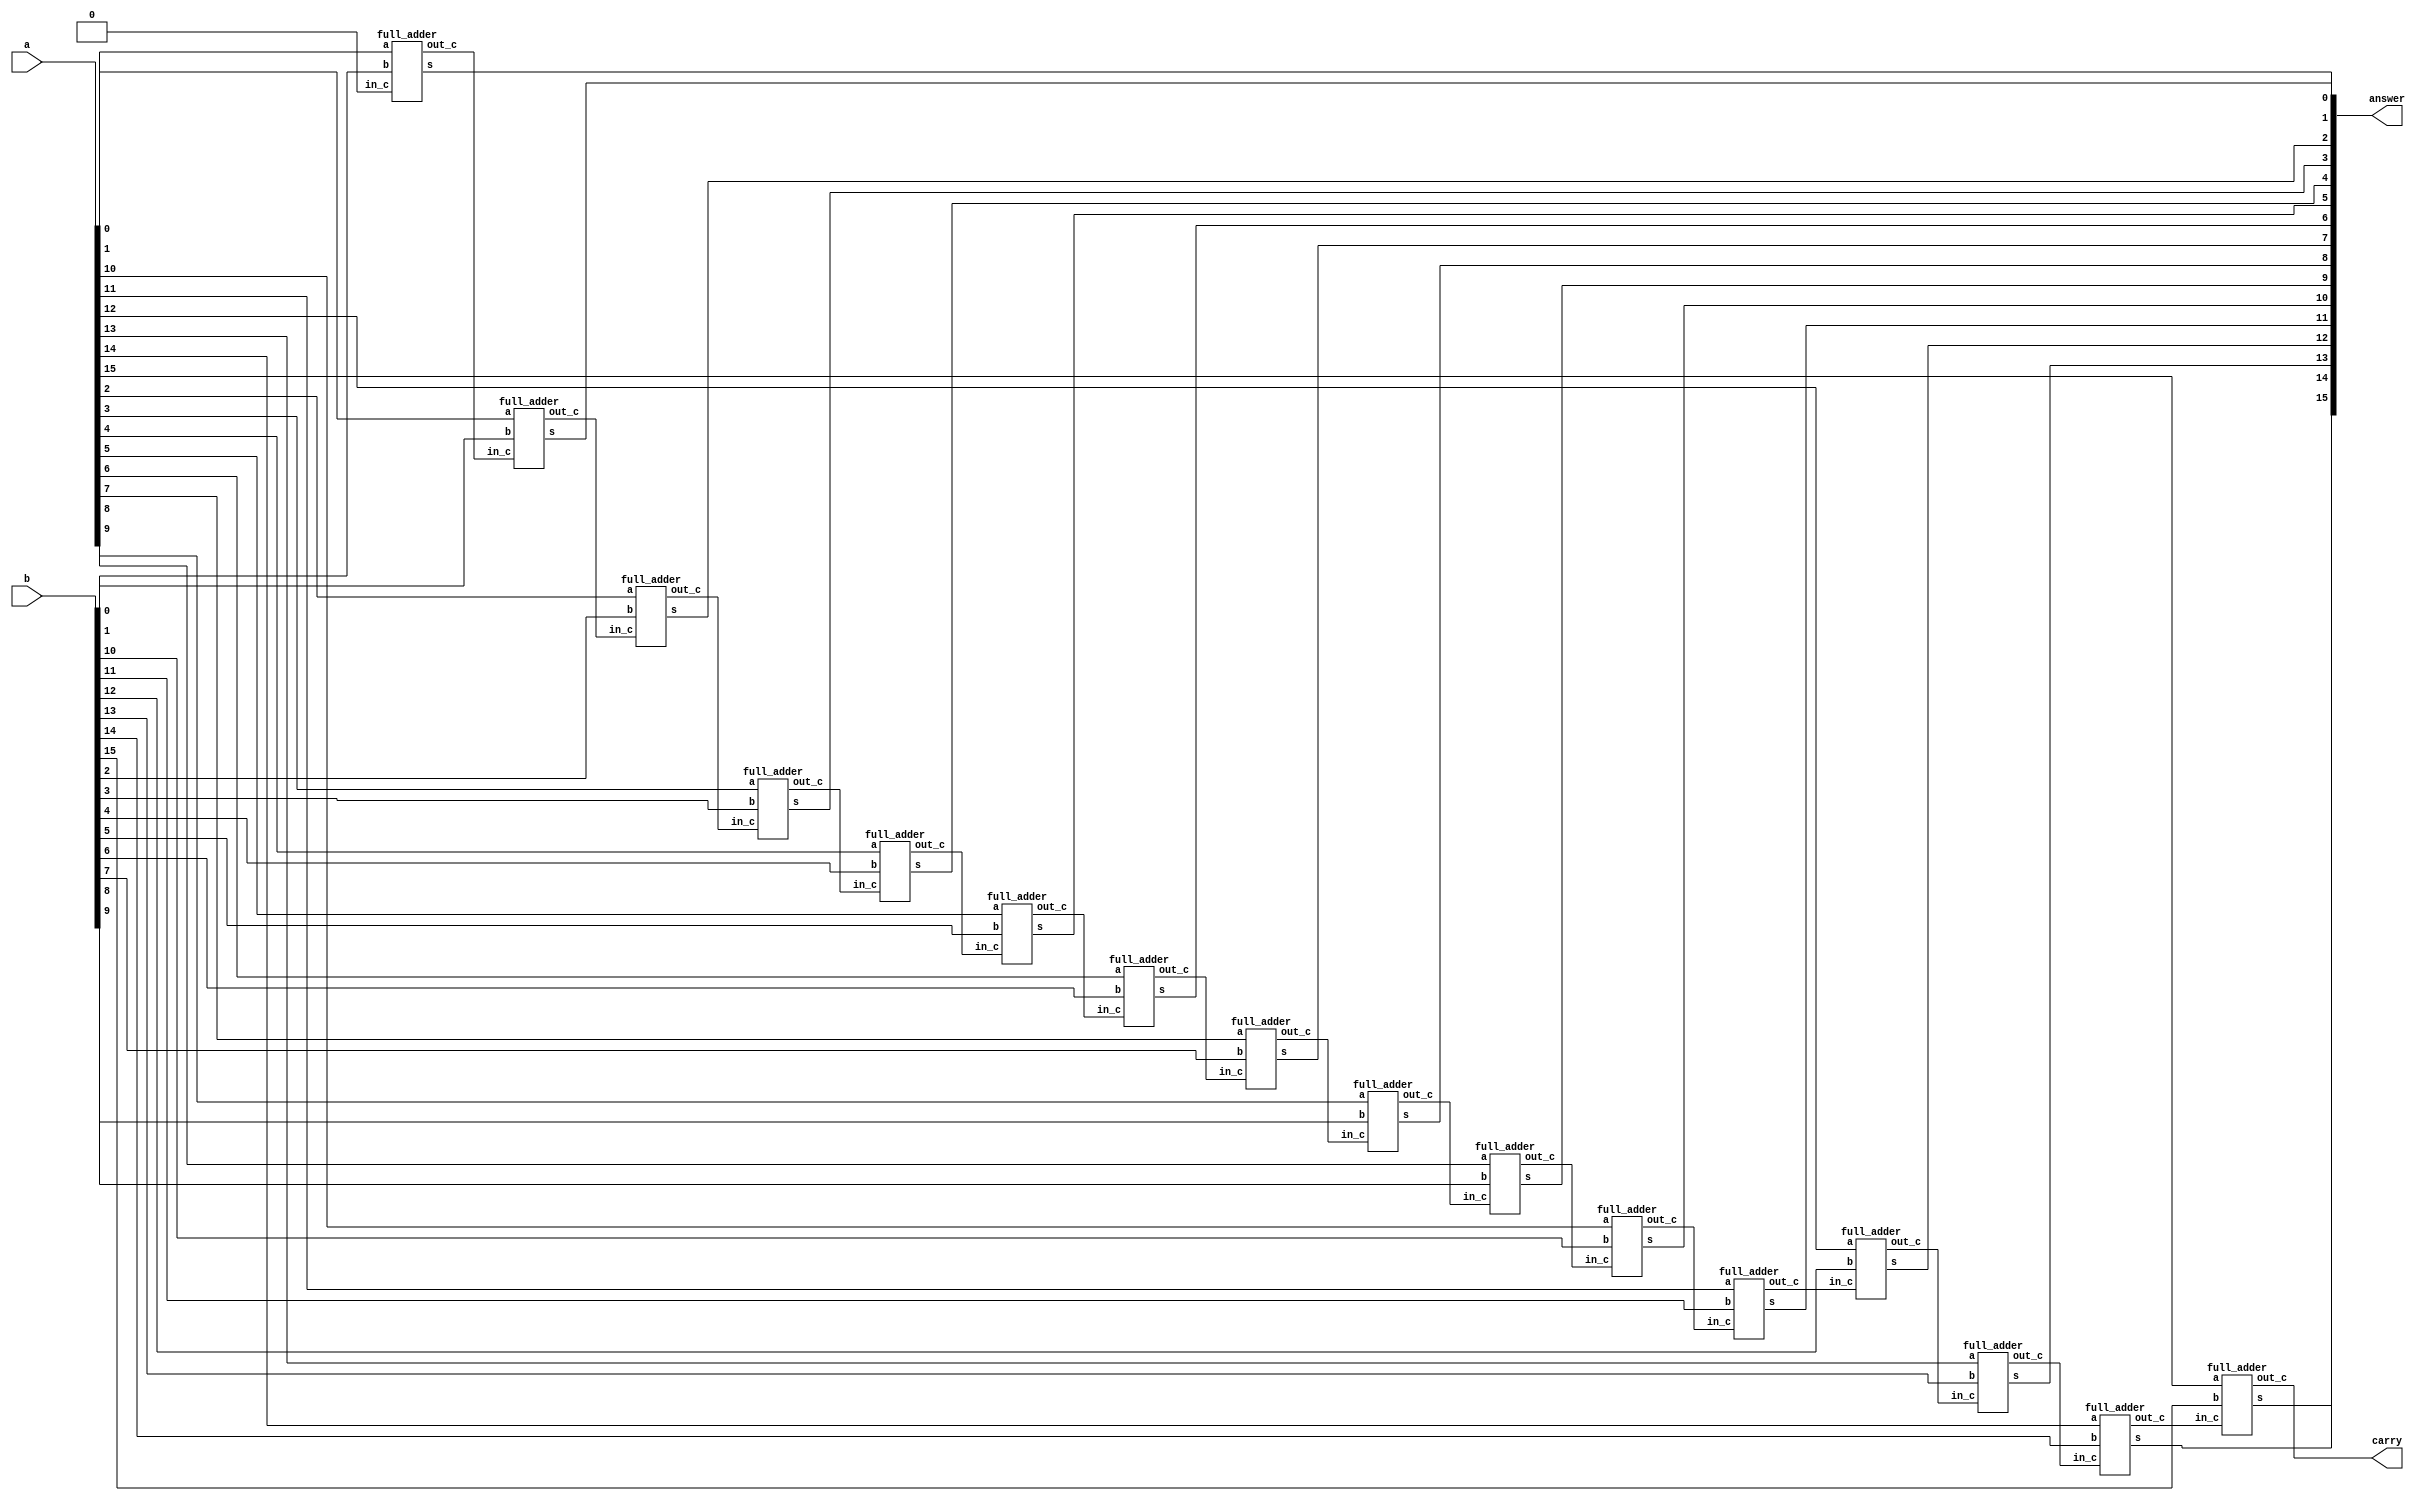
/* ACM Class System (I) Fall Assignment 1 
 *
 *
 * Implement your naive adder here
 * 
 * GUIDE:
 *   1. Create a RTL project in Vivado
 *   2. Put this file into `Sources'
 *   3. Put `test_adder.v' into `Simulation Sources'
 *   4. Run Behavioral Simulation
 *   5. Make sure to run at least 100 steps during the simulation (usually 100ns)
 *   6. You can see the results in `Tcl console'
 *
 */

module adder(
    input [15:0] a,
    input [15:0] b,
    output [15:0] answer,
    output carry
);
wire c[15:0];
wire zero = 0;
full_adder  ADD0 (.a(a[0]), .b(b[0]), .in_c(zero), .s(answer[0]), .out_c(c[0])),
            ADD1 (.a(a[1]), .b(b[1]), .in_c(c[0]), .s(answer[1]), .out_c(c[1])),
            ADD2 (.a(a[2]), .b(b[2]), .in_c(c[1]), .s(answer[2]), .out_c(c[2])),
            ADD3 (.a(a[3]), .b(b[3]), .in_c(c[2]), .s(answer[3]), .out_c(c[3])),
            ADD4 (.a(a[4]), .b(b[4]), .in_c(c[3]), .s(answer[4]), .out_c(c[4])),
            ADD5 (.a(a[5]), .b(b[5]), .in_c(c[4]), .s(answer[5]), .out_c(c[5])),
            ADD6 (.a(a[6]), .b(b[6]), .in_c(c[5]), .s(answer[6]), .out_c(c[6])),
            ADD7 (.a(a[7]), .b(b[7]), .in_c(c[6]), .s(answer[7]), .out_c(c[7])),
            ADD8 (.a(a[8]), .b(b[8]), .in_c(c[7]), .s(answer[8]), .out_c(c[8])),
            ADD9 (.a(a[9]), .b(b[9]), .in_c(c[8]), .s(answer[9]), .out_c(c[9])),
            ADD10 (.a(a[10]), .b(b[10]), .in_c(c[9]), .s(answer[10]), .out_c(c[10])),
            ADD11 (.a(a[11]), .b(b[11]), .in_c(c[10]), .s(answer[11]), .out_c(c[11])),
            ADD12 (.a(a[12]), .b(b[12]), .in_c(c[11]), .s(answer[12]), .out_c(c[12])),
            ADD13 (.a(a[13]), .b(b[13]), .in_c(c[12]), .s(answer[13]), .out_c(c[13])),
            ADD14 (.a(a[14]), .b(b[14]), .in_c(c[13]), .s(answer[14]), .out_c(c[14])),
            ADD15 (.a(a[15]), .b(b[15]), .in_c(c[14]), .s(answer[15]), .out_c(c[15]));
assign carry = c[15];
endmodule

module full_adder(
    input a,
    input b,
    input in_c,
    output s,
    output out_c
);
wire t = a ^ b;
assign s = t ^ in_c;
assign out_c = a & b | t & in_c;

endmodule